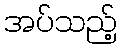
အပ်သည့်